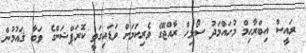
ރައީސް އިބްރާހިމް މުހައްމަދު ސޯލިހް ރާއްޖޭގެ ވެރިކަމަށް ވަޑައިގަތީ ކޮރަޕްޝަންގެ ވަބާ ޤައުމުން